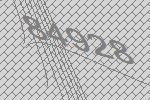
84928